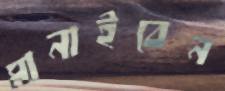
মানাইবেন